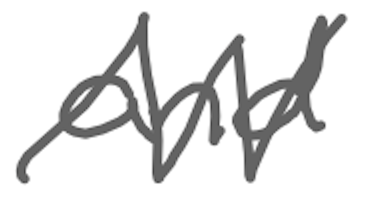
Text: and
Cross-out: zig-zag
Writing tool: digital_gray